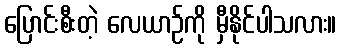
ပြောင်းစီးတဲ့ လေယာဉ်ကို မှီနိုင်ပါသလား။